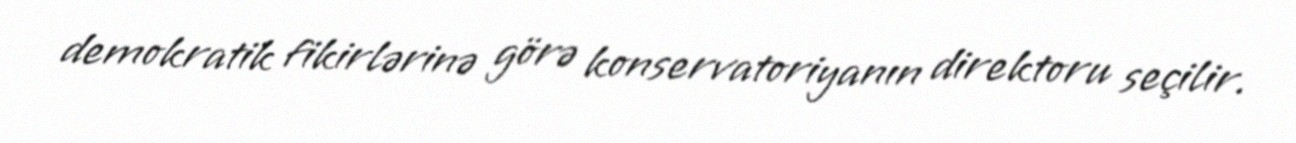
demokratik fikirlərinə görə konservatoriyanın direktoru seçilir.